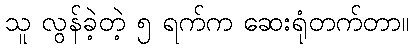
သူ လွန်ခဲ့တဲ့ ၅ ရက်က ဆေးရုံတက်တာ။